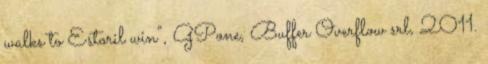
walks to Estoril win”, GPone, Buffer Overflow srl, 2011.